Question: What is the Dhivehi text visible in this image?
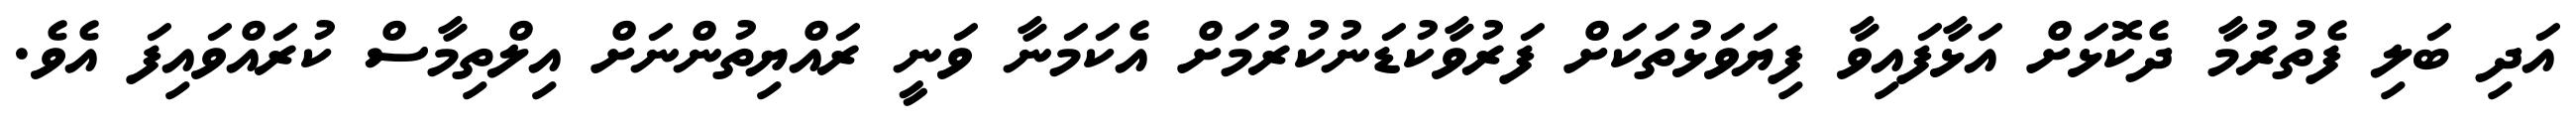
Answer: އަދި ބަލި ފެތުރުމާ ދެކޮޅަށް އަޅާފައިވާ ފިޔަވަޅުތަކަށް ފަރުވާކުޑަނުކުރުމަށް އެކަމަނާ ވަނީ ރައްޔިތުންނަށް އިލްތިމާސް ކުރައްވައިފަ އެވެ.